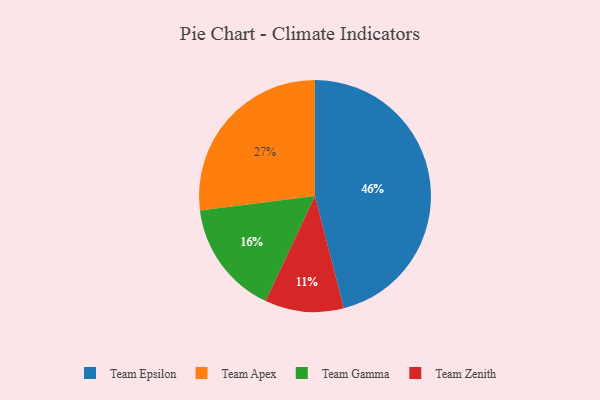
{"axis": {"x": "Category", "y": "Percentage"}, "legend": ["Team Apex", "Team Epsilon", "Team Gamma", "Team Zenith"], "data": [{"x": "Team Gamma", "y": 16, "type": "Team Gamma"}, {"x": "Team Epsilon", "y": 46, "type": "Team Epsilon"}, {"x": "Team Apex", "y": 27, "type": "Team Apex"}, {"x": "Team Zenith", "y": 11, "type": "Team Zenith"}]}